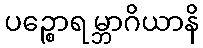
ပဉ္စောရမ္ဘာဂိယာနိ